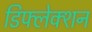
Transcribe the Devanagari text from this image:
डिफ्लेक्शन